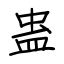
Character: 蛊